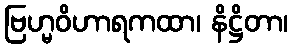
ဗြဟ္မဝိဟာရကထာ၊ နိဋ္ဌိတာ၊